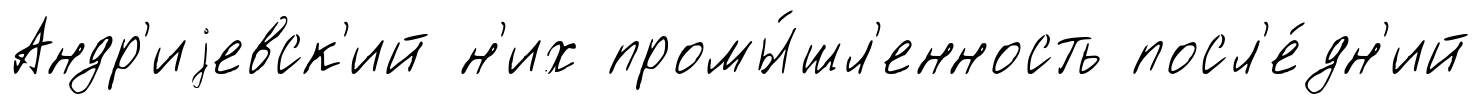
Андр'иjевск'ий н'их промы́шл'енность посл'е́дн'ий